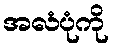
အလံပုံကို